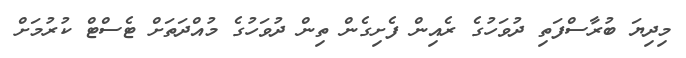
މިދިޔަ ބުރާސްފަތި ދުވަހުގެ ރެއިން ފެށިގެން ތިން ދުވަހުގެ މުއްދަތަށް ޓެސްޓް ކުރުމަށް